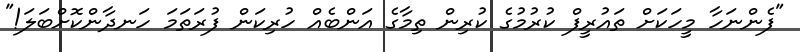
"ފެންނަހާ މީހަކަށް ތައުރީފް ކުރުމުގެ ކުރިން ތިމާގެ އަންބެއް ހުރިކަން ފުރަތަމަ ހަނދާންކޮށްބަލަ!"